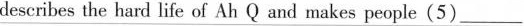
describes the hard life of Ah Q and makes people(5)___